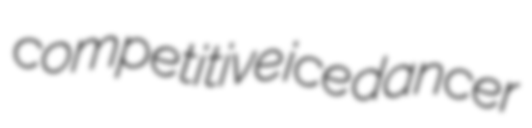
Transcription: competitive ice dancer